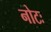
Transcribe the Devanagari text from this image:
नोटः